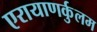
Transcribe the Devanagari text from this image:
एरायाणर्कुलम